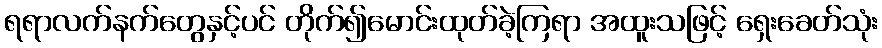
ရရာလက်နက်တွေနှင့်ပင် တိုက်၍မောင်းထုတ်ခဲ့ကြရာ အထူးသဖြင့် ရှေးခေတ်သုံး